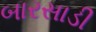
બારસાડી